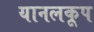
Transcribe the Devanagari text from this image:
यानलकूप